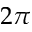
2 \pi